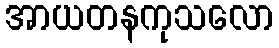
အာယတနကုသလော